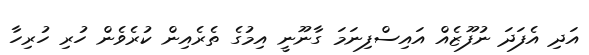
އަދި އެފަދަ ނުފޫޒެއް އައިސްފިނަމަ ގާނޫނީ އިމުގެ ތެެރެއިން ކުރެވެން ހުރި ހުރިހާ